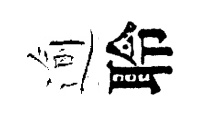
逾聆